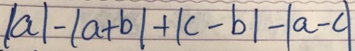
\vert a \vert - \vert a + b \vert + \vert c - b \vert - \vert b - c \vert